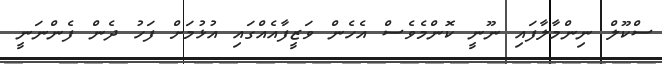
ސްކޫލް ނިންމާލާފައި ނޫނީ ކޮންމެވެސް އެހެން ވަޒީފާއެއްގައި އުޅުމަށް ފަހު ދެން ފެންނަނީ